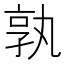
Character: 孰